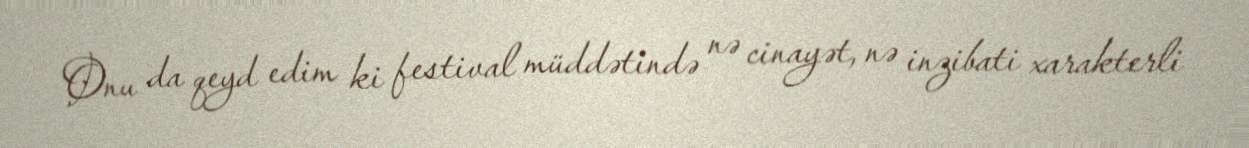
Onu da qeyd edim ki festival müddətində nə cinayət, nə inzibati xarakterli